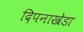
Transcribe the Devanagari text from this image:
दिपनाखेडा